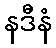
နဒီနံ